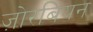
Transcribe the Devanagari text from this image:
ज़ोरबियन